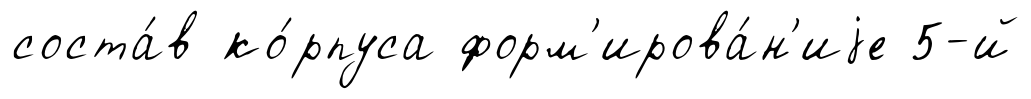
соста́в ко́рпуса форм'ирова́н'иjе 5-й